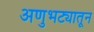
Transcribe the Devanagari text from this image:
अणुभट्यातून